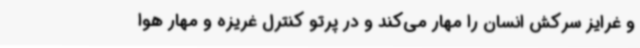
و غرایز سرکش انسان را مهار می‌کند و در پرتو کنترل غریزه و مهار هوا